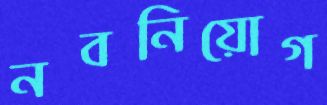
নবনিয়োগ